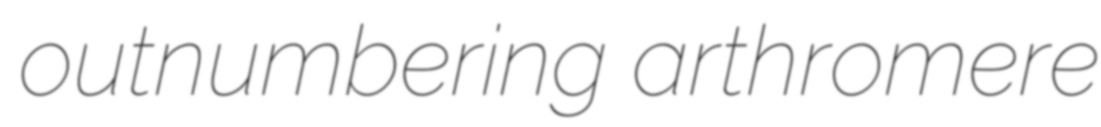
outnumbering arthromere